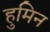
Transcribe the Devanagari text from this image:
हुमिन